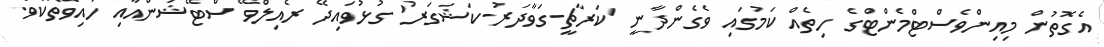
އެގޮތުން މިއިންވެސްޓްމެންޓްގެ ހިތެއް ކަމުގައި ވެގެންދާނީ 'ކަރާޗީ-ގަވާދަރު-ކަޝަގަރު' ގުޅުވައިދޭ ރެއިލްވޭ ސްޓޭޝަންއާއި ހައިވޭތަކެވެ.